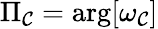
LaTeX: \Pi_{\mathcal{C}}=\arg[\omega_{\mathcal{C}}]